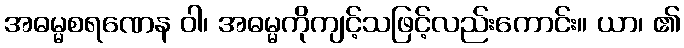
အဓမ္မစရဏေန ဝါ၊ အဓမ္မကိုကျင့်သဖြင့်လည်းကောင်း။ ယာ၊ ၏